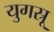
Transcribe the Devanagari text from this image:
युगस्रू